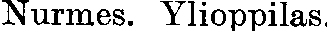
Nurmes. Ylioppilas.